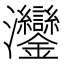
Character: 𬉲